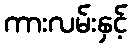
ကားလမ်းနှင့်